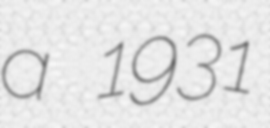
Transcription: a 1931